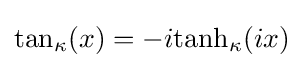
{\rm {tan}}_{\kappa }(x)=-i{\rm {tanh}}_{\kappa }(ix)